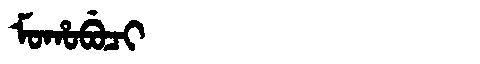
Manchu: ᠮᠣᡥᠣᠪᡠᠴᡳ
Romanization: MOHOBUCI